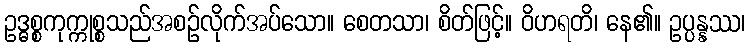
ဥဒ္ဓစ္စကုက္ကုစ္စသည်အစဉ်လိုက်အပ်သော။ စေတသာ၊ စိတ်ဖြင့်။ ဝိဟရတိ၊ နေ၏။ ဥပ္ပန္နဿ၊